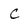
Character: C